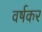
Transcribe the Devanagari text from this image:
वर्षकर